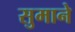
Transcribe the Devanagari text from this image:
सुमाने